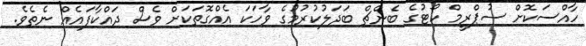
ހާއްސަކޮށް ސުޕްރީމް ކޯޓުގެ ބެންޗް ބަދަލުކުރުމުގެ ވާހަކަ އެއްގޮތަކަށް ވެސް ދައްކާފައެއް ނެތެވެ.